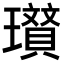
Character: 𭺐